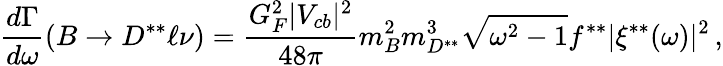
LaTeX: {\frac{d\Gamma}{d\omega}}(B\to D^{**}\ell\nu)={\frac{G_{F}^{2}|V_{cb}|^{2}}{48\pi}}m_{B}^{2}m_{D^{**}}^{3}\sqrt{\omega^{2}-1}f^{**}|\xi^{**}(\omega)|^{2}\, ,